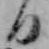
日